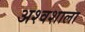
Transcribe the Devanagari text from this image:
अश्‍वशाला